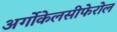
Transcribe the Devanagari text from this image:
अर्गोकेलसीफेरोल